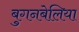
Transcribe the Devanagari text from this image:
बुगनबेलिया